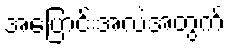
အပြောင်းအလဲအတွက်